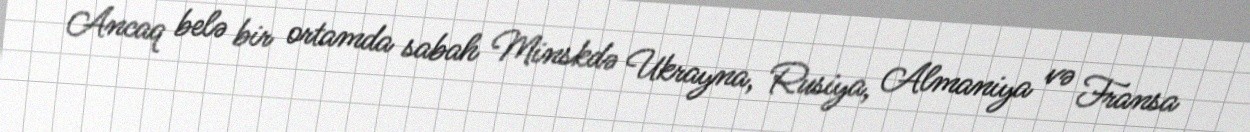
Ancaq belə bir ortamda sabah Minskdə Ukrayna, Rusiya, Almaniya və Fransa